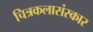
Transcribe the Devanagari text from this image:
चित्रकलासंस्कार